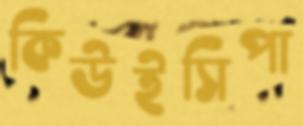
কিউইসিপা